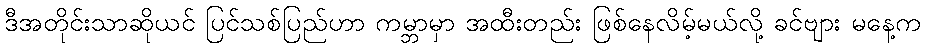
ဒီအတိုင်းသာဆိုယင် ပြင်သစ်ပြည်ဟာ ကမ္ဘာမှာ အထီးတည်း ဖြစ်နေလိမ့်မယ်လို့ ခင်ဗျား မနေ့က